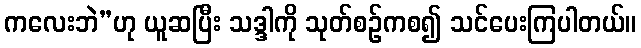
ကလေးဘဲ”ဟု ယူဆပြီး သဒ္ဒါကို သုတ်စဉ်ကစ၍ သင်ပေးကြပါတယ်။